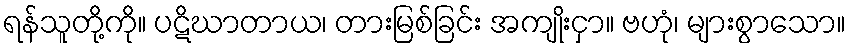
ရန်သူတို့ကို။ ပဋိဃာတာယ၊ တားမြစ်ခြင်း အကျိုးငှာ။ ဗဟုံ၊ များစွာသော။